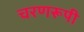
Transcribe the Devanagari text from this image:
चरणरूपी